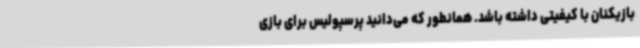
بازیکنان با کیفیتی داشته باشد. همانطور که می‌دانید پرسپولیس برای بازی